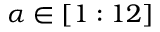
\alpha \in [ 1 : 1 2 ]